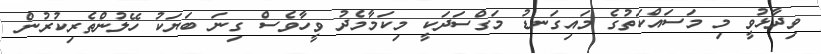
ވިދާޅުވީ މި މަސައްކަތުގެ މައިގަނޑު މަގްސަދަކީ މިކަމާމެދު ވީހާވެސް ގިނަ ބަޔަކު ހޭލުންތެރިކުރުން